system: You are a helpful assistant.
user:
Analyze the provided spectrum to determine if it is a **"Cataclysmic Variables (CV)"**.

- **Key Indicators for CV (Check for either state):**
    - **State 1: Quiescent / Low-State (Emission-Dominated)**
        - **(Primary):** Strong and *very broad* Hydrogen Balmer emission lines (e.g., $H\alpha$ at 6563 Å, $H\beta$ at 4861 Å). The 'broadness' (high velocity dispersion, often FWHM > 1000 km/s) is the key diagnostic, indicating a high-velocity accretion disk.
        - **(Secondary):** Broad neutral Helium (He I) emission lines (e.g., 5876 Å, 6678 Å).
        - **(Key Confirmation):** Presence of high-excitation *ionized* Helium (He II) emission at 4686 Å. This is a strong indicator of accretion onto a white dwarf.
        - **(Line Profile):** Emission lines may exhibit a 'double-peaked' profile, which is a classic signature of a rotating accretion disk viewed at high inclination.

    - **State 2: Outburst / High-State (Absorption-Dominated)**
        - **(Primary):** Spectrum is dominated by a bright, blue continuum (looks like a hot star).
        - **(Secondary):** The emission lines from State 1 are weak, absent, or 'filled in', and are replaced by broad, shallow *absorption* lines (primarily Balmer and He I).
        - **(Morphology):** The overall spectrum mimics a hot B/A-type star. The crucial difference is that the absorption lines are significantly broader, shallower, and more 'washed-out' (or 'smeared') than the sharp lines of a normal stellar photosphere, due to high rotational speeds and pressure broadening in the disk.

Think first, call **spectral_visualization_tool** if needed to examine features in detail, then provide your final answer. Your response must adhere to the following strict rules:
1.  **Overall Structure:** Your response must follow the format `<think>...</think> <tool_call>...</tool_call> (if a tool is used) <answer>...</answer>`.
2.  **Tool Usage Constraint:** You may only make **one** tool call per turn.
3.  **Final Answer Format:** In the `<answer>` tag, your conclusion must be inside a `\boxed{}` command (e.g., `\boxed{YES}`), followed by your justification.

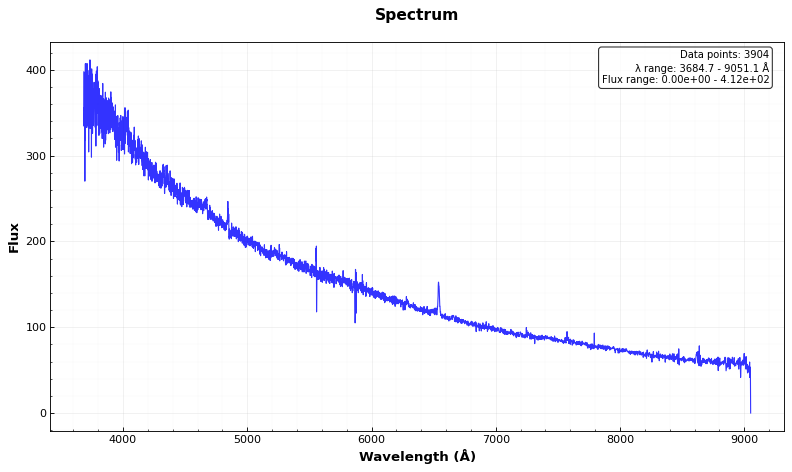
Answer: YES